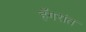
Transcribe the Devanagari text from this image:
हँगरांत